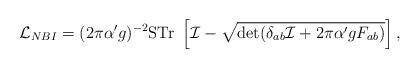
LaTeX: \begin{align*}{\cal L}_{NBI} = (2\pi\alpha'g)^{-2}{\rm STr} ~ \left[ {\cal I}- \sqrt{\det (\delta_{ab}{\cal I} + 2\pi\alpha'gF_{ab})}\right],\end{align*}